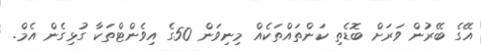
އޭގެ ބޭރުން ވަރަށް ބޮޑެތި ކަންތައްތަކެއް މިނިވަން 50ގެ އިވެންޓްތަކާ ގުޅިގެން އެމް.